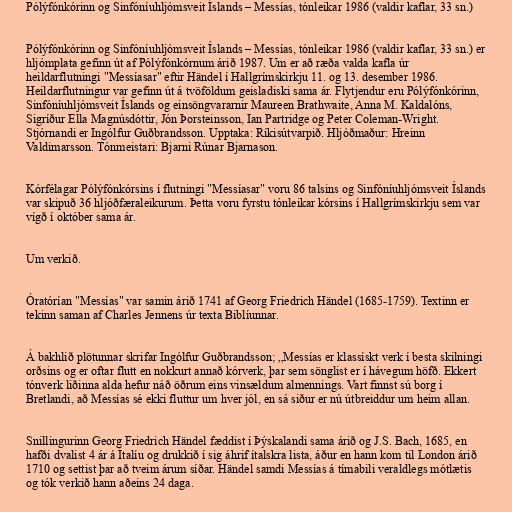
Pólýfónkórinn og Sinfóníuhljómsveit Íslands – Messías, tónleikar 1986 (valdir kaflar, 33 sn.)

Pólýfónkórinn og Sinfóníuhljómsveit Íslands – Messías, tónleikar 1986 (valdir kaflar, 33 sn.) er
hljómplata gefinn út af Pólýfónkórnum árið 1987. Um er að ræða valda kafla úr
heildarflutningi "Messíasar" eftir Händel í Hallgrímskirkju 11. og 13. desember 1986.
Heildarflutningur var gefinn út á tvöföldum geisladiski sama ár. Flytjendur eru Pólýfónkórinn,
Sinfóníuhljómsveit Íslands og einsöngvararnir Maureen Brathwaite, Anna M. Kaldalóns,
Sigríður Ella Magnúsdóttir, Jón Þorsteinsson, Ian Partridge og Peter Coleman-Wright.
Stjórnandi er Ingólfur Guðbrandsson. Upptaka: Ríkisútvarpið. Hljóðmaður: Hreinn
Valdimarsson. Tónmeistari: Bjarni Rúnar Bjarnason.

Kórfélagar Pólýfónkórsins í flutningi "Messíasar" voru 86 talsins og Sinfóníuhljómsveit Íslands
var skipuð 36 hljóðfæraleikurum. Þetta voru fyrstu tónleikar kórsins í Hallgrímskirkju sem var
vígð í október sama ár.

Um verkið.

Óratórían "Messías" var samin árið 1741 af Georg Friedrich Händel (1685-1759). Textinn er
tekinn saman af Charles Jennens úr texta Biblíunnar.

Á bakhlið plötunnar skrifar Ingólfur Guðbrandsson; „Messías er klassískt verk í besta skilningi
orðsins og er oftar flutt en nokkurt annað kórverk, þar sem sönglist er í hávegum höfð. Ekkert
tónverk liðinna alda hefur náð öðrum eins vinsældum almennings. Vart finnst sú borg í
Bretlandi, að Messías sé ekki fluttur um hver jól, en sá siður er nú útbreiddur um heim allan.

Snillingurinn Georg Friedrich Händel fæddist í Þýskalandi sama árið og J.S. Bach, 1685, en
hafði dvalist 4 ár á Ítalíu og drukkið í sig áhrif ítalskra lista, áður en hann kom til London árið
1710 og settist þar að tveim árum síðar. Händel samdi Messías á tímabili veraldlegs mótlætis
og tók verkið hann aðeins 24 daga.